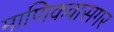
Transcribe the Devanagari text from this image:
माणिकवासगर